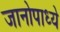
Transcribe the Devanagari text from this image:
जानोपाध्ये